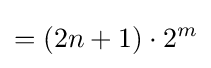
=(2n+1)\cdot 2^{m}